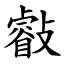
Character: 㪫